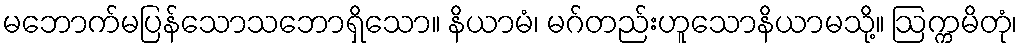
မဘောက်မပြန်သောသဘောရှိသော။ နိယာမံ၊ မဂ်တည်းဟူသောနိယာမသို့။ ဩက္ကမိတုံ၊